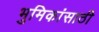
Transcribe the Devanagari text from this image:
भुमिकांसाठी